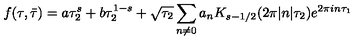
f ( \tau , \bar { \tau } ) = a \tau _ { 2 } ^ { s } + b \tau _ { 2 } ^ { 1 - s } + \sqrt { \tau _ { 2 } } \sum _ { n \ne 0 } a _ { n } K _ { s - 1 / 2 } ( 2 \pi | n | \tau _ { 2 } ) e ^ { 2 \pi i n \tau _ { 1 } }